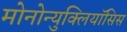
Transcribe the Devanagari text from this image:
मोनोन्युक्लियॉसिस